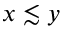
x \lesssim y